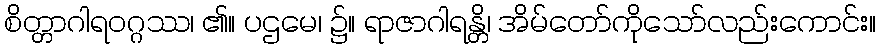
စိတ္တာဂါရဝဂ္ဂဿ၊ ၏။ ပဌမေ၊ ၌။ ရာဇာဂါရန္တိ၊ အိမ်တော်ကိုသော်လည်းကောင်း။